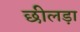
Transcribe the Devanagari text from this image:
छीलड़ा